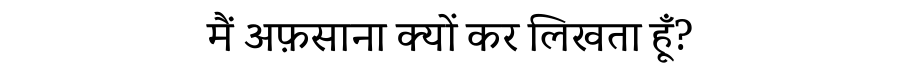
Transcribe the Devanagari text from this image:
मैं अफ़साना क्यों कर लिखता हूँ?